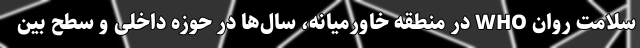
سلامت روان WHO در منطقه خاورمیانه، سال‌ها در حوزه داخلی و سطح بین